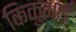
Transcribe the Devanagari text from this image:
किकुभाई